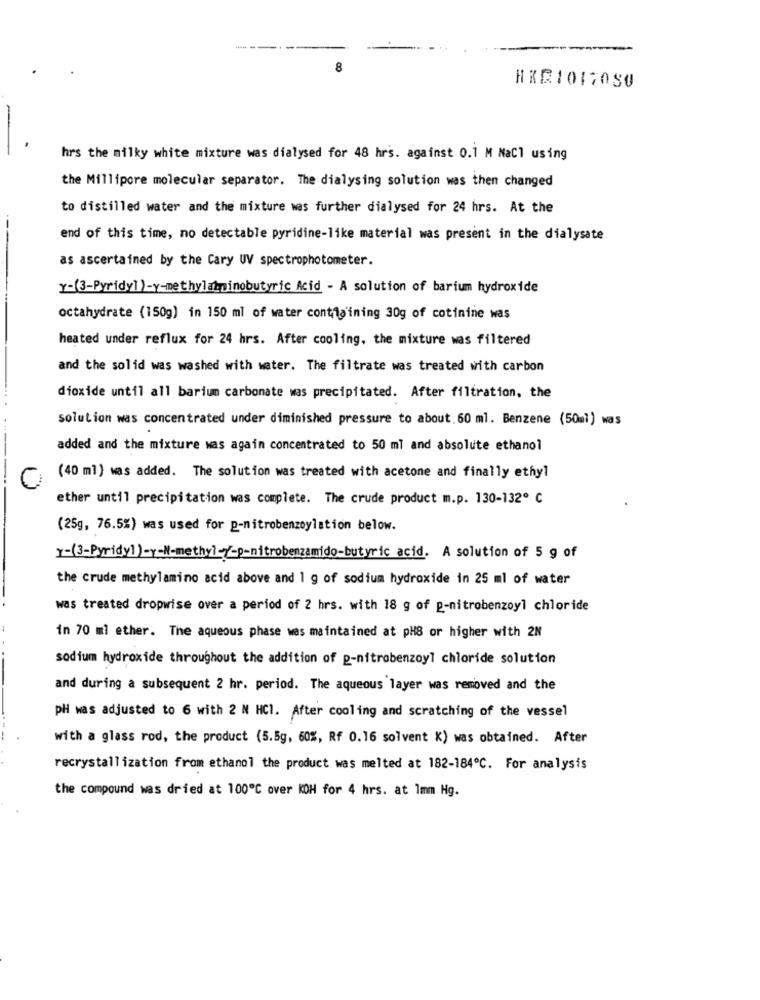
--
8
HRR1017050
hrs the milky white mixture was dialysed for 48 hrs. against 0.1 M NaCl using
the Millipore molecular separator. The dialysing solution was then changed
to distilled water and the mixture was further dialysed for 24 hrs. At the
end of this time, no detectable pyridine-like material was present in the dialysate
as ascertained by the Cary UV spectrophotometer.
r-(3-Pyridyl )-y-methylatninobutyric Acid - A solution of barium hydroxide
octahydrate (150g) in 150 ml of water containing 30g of cotinine was
heated under reflux for 24 hrs. After cooling, the mixture was filtered
and the solid was washed with water. The filtrate was treated with carbon
dioxide until all barium carbonate was precipitated. After filtration, the
solution was concentrated under diminished pressure to about. 60 ml. Benzene (50ml) was
added and the mixture was again concentrated to 50 ml and absolute ethanol
(40 ml) was added. The solution was treated with acetone and finally ethyl
ether until precipitation was complete. The crude product m.p. 130-132º C
(25g, 76.5%) was used for p-nitrobenzoylation below.
Y-(3-Pyridy)-y-M-methyl-7-p-nitrobenzamido-butyric acid. A solution of 5 g of
the crude methylamino acid above and 1 g of sodium hydroxide in 25 ml of water
was treated dropwise over a period of 2 hrs. with 18 g of p-nitrobenzoyl chloride
in 70 ml ether. The aqueous phase was maintained at pH8 or higher with 2N
sodium hydroxide throughout the addition of p-nitrobenzoyl chloride solution
and during a subsequent 2 hr. period. The aqueous layer was removed and the
pH was adjusted to 6 with 2 N HCI. After cooling and scratching of the vessel
with a glass rod, the product (5.5g, 60%, Rf 0.16 solvent K) was obtained. After
recrystallization from ethanol the product was melted at 182-184℃. For analysis
the compound was dried at 100℃ over KOH for 4 hrs. at 1mm Hg.